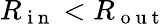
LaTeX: R_{\mathrm{~i~n~}}<R_{\mathrm{~o~u~t~}}